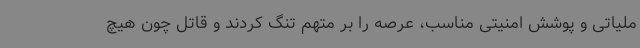
ملیاتی و پوشش امنیتی مناسب، عرصه را بر متهم تنگ کردند و قاتل چون هیچ